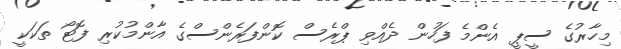
މިހާރުގެ ސީޕީ އެންމެ ފަހުން ދެއްވި ޕްރެސް ކޮންފަރެންސްގެ އާންމުކުރި ފޮޓޯ ތަކަކީ